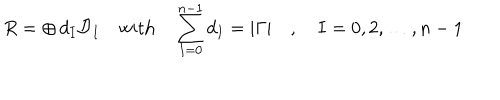
LaTeX: R = \oplus \, d _ { I } { \cal D } _ { I } \quad \mathrm { w i t h } \quad \sum _ { I = 0 } ^ { n - 1 } d _ { I } = | \Gamma | \quad , \quad I = 0 , 2 , \ldots , n - 1